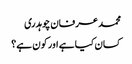
محمد عرفان چوہدری
کسان کیا ہے اور کون ہے؟